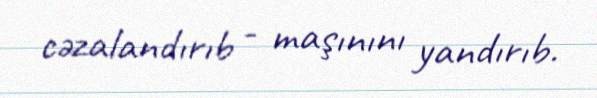
cəzalandırıb - maşınını yandırıb.